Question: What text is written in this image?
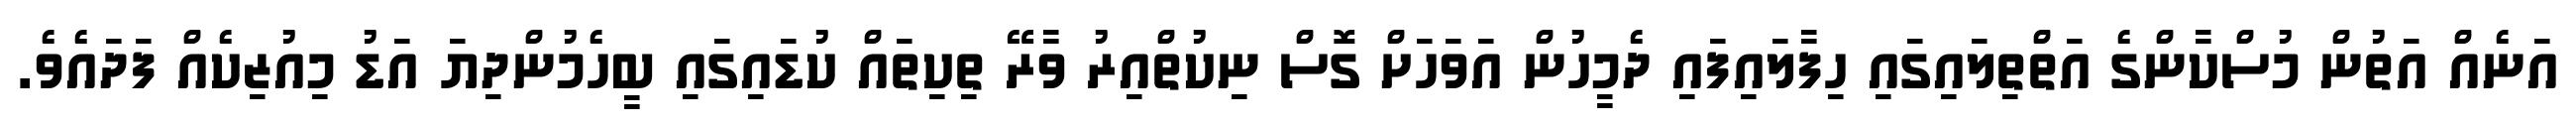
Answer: އަނެއް އަތުން މުސްކާންގެ އަތްތިލައިގައި ހިފާލައިފައި ދެމީހުން އަވަހަށް ގޮސް ނިކުތްއިރު ވާރޭ ތިކިތައް ކުޑައިގައި ބީހެމުންދިޔަ އަޑު މިއުޒިކެއް ފަދައެވެ.